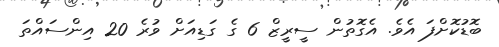
ބޮޑުކޮށްފަ އެވެ. އެގޮތުން ސީރީޒް 6 ގެ ގަޑިއަށް ވުރެ 20 އިންސައްތަ